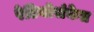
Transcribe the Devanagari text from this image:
रेडियोसंकेत